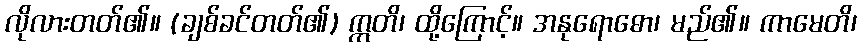
လိုလားတတ်၏။ (ချစ်ခင်တတ်၏) ဣတိ၊ ထို့ကြောင့်။ အနုရောဓော၊ မည်၏။ ကာမေတိ၊